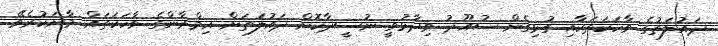
ދައުލަތުގެ ވާހަކަތަކާއި ގުޅިގެން ސުއޫދު ވިދާޅުވީ ނުސީދާކޮށް ދައުލަތަށް އިމްރާންގެ ވާހަކަތައް މާނަކުރެވޭ